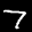
Label: 7